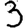
Digit: 3